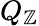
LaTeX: Q_{\mathbb{Z}}